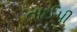
તાઈપી